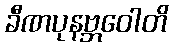
ခီဏပုနဗ္ဘဝေါတိ